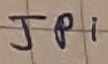
Text: JPi